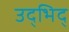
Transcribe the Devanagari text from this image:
उद्भिद्